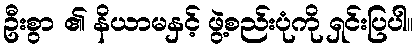
ဦးစွာ ၏ နိယာမနှင့် ဖွဲ့စည်းပုံကို ရှင်းပြပါ။